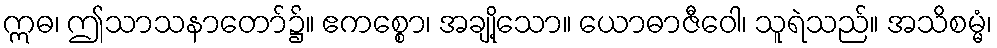
ဣဓ၊ ဤသာသနာတော်၌။ ဧကစ္စော၊ အချို့သော။ ယောဓာဇီဝေါ၊ သူရဲသည်။ အသိစမ္မံ၊